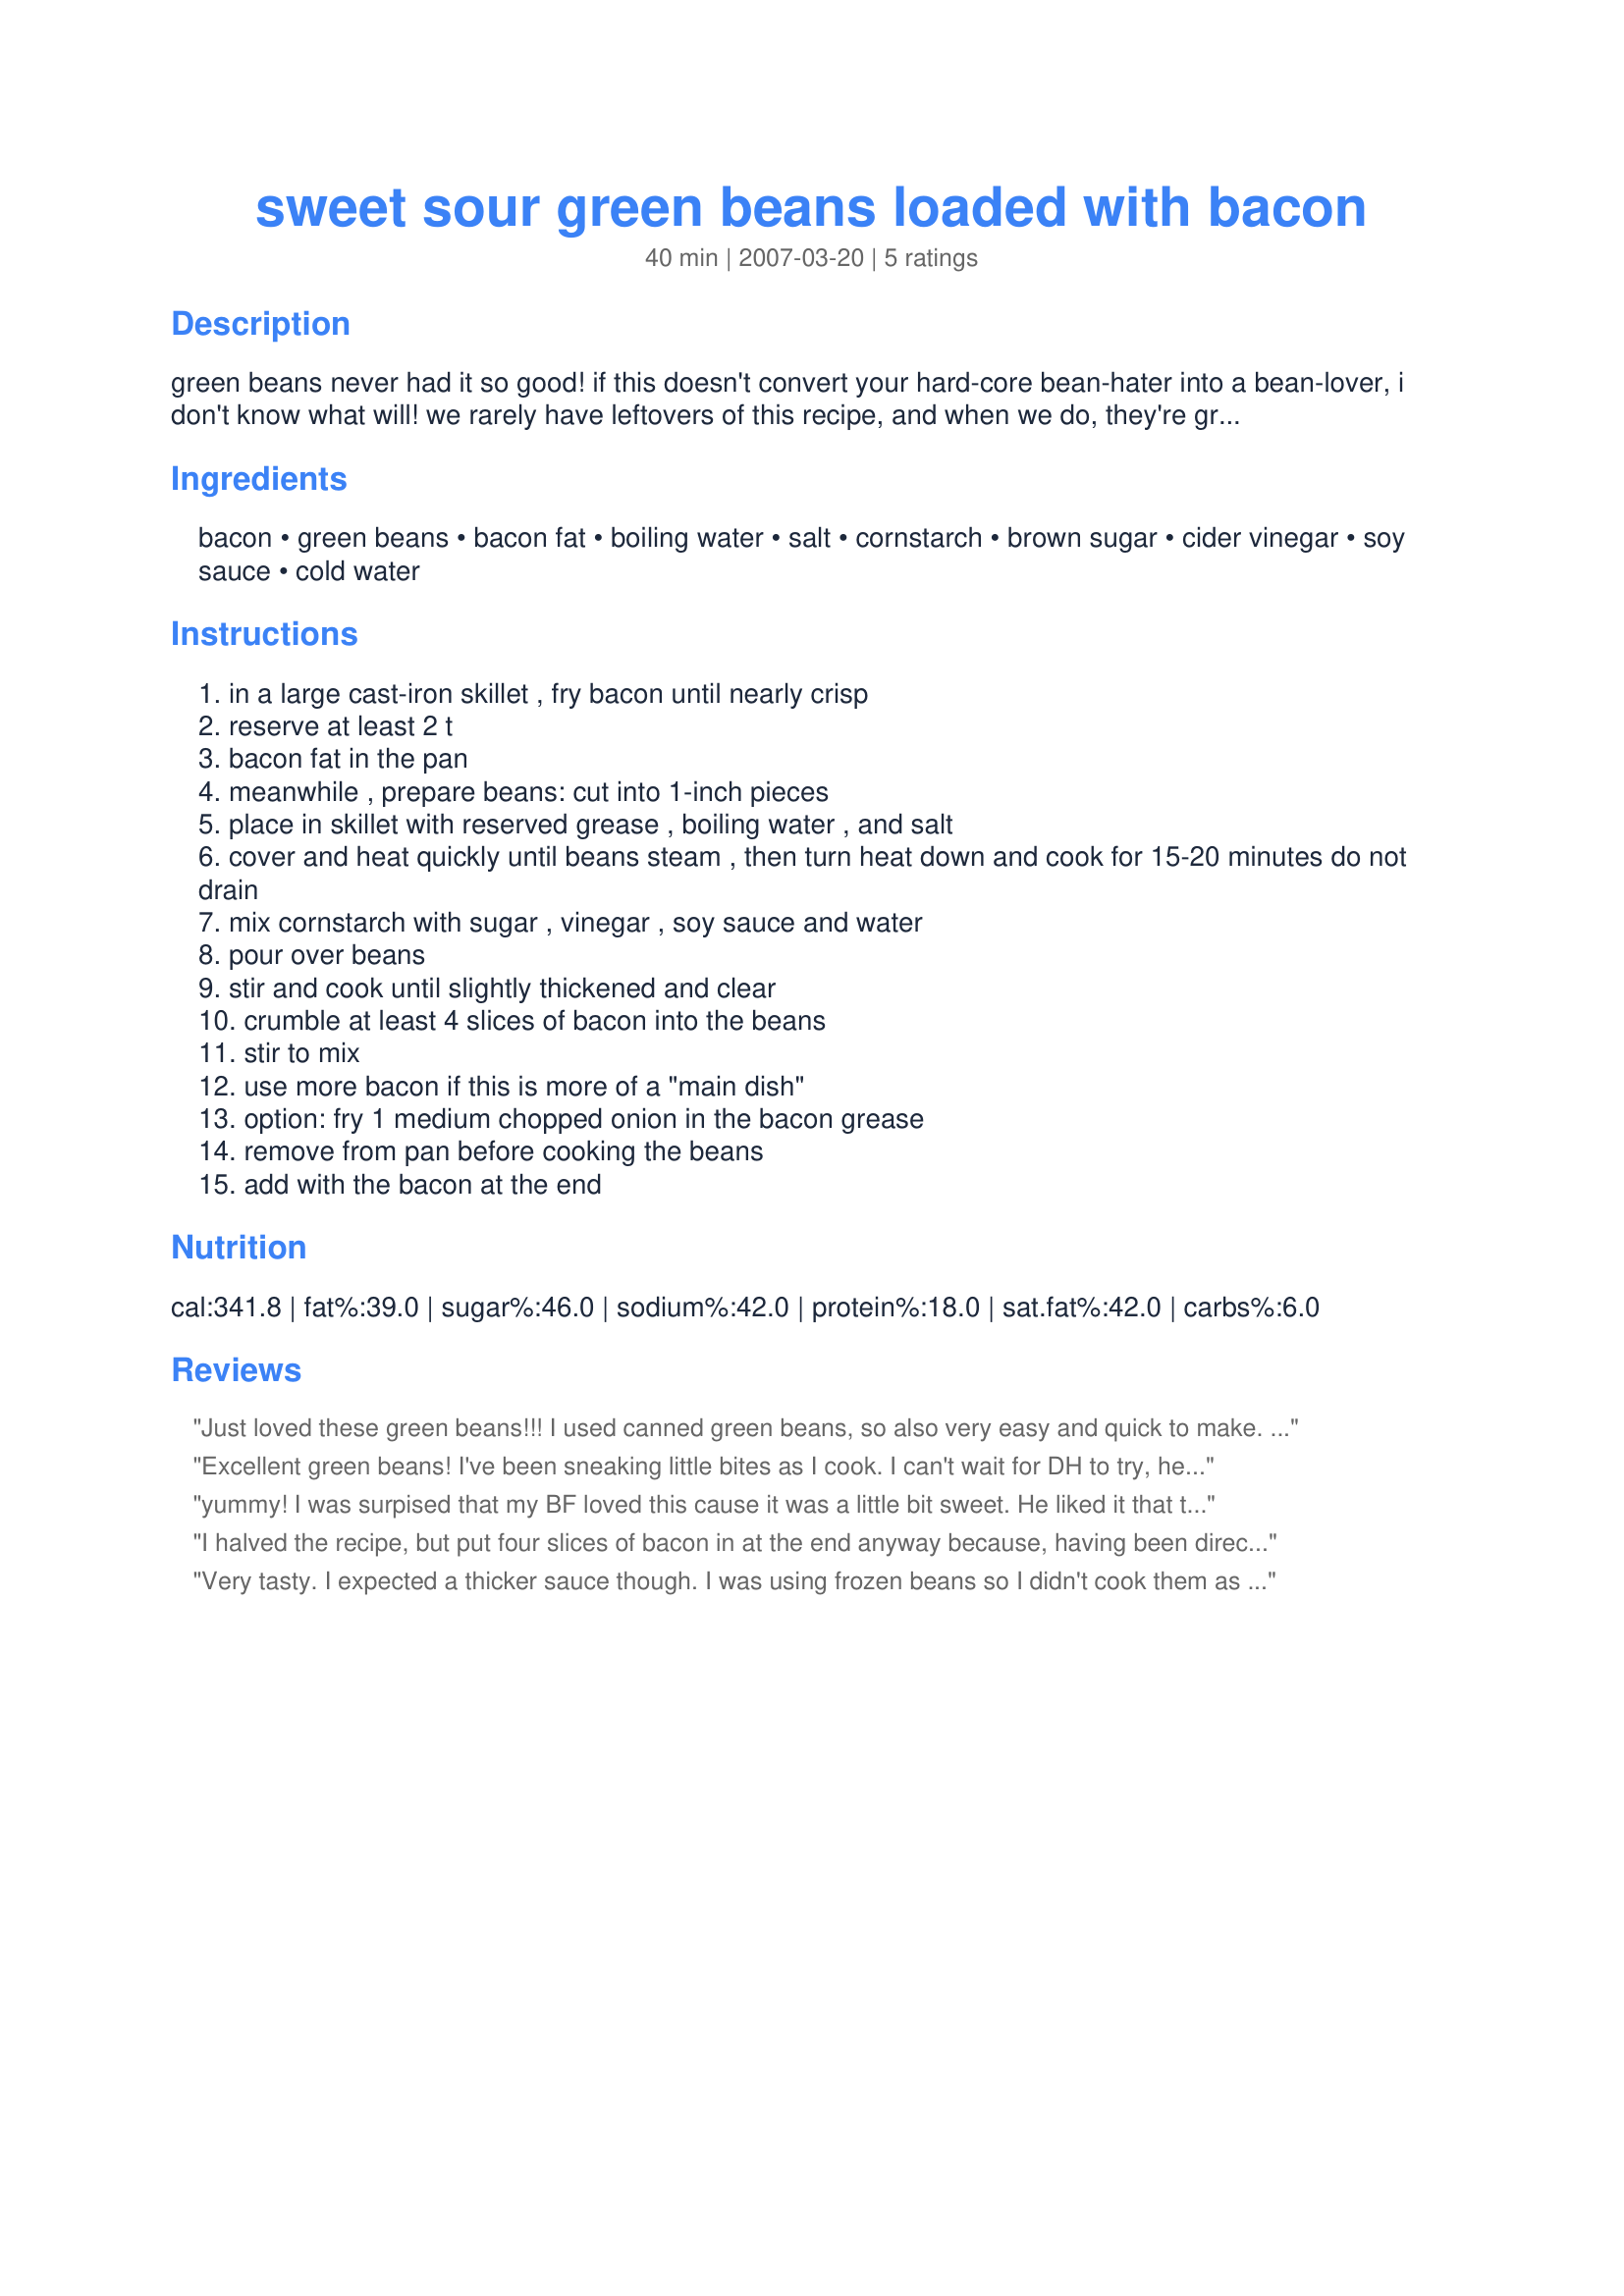
sweet sour green beans loaded with bacon
Preparation time: 40 minutes

green beans never had it so good! if this doesn't convert your hard-core bean-hater into a bean-lover, i don't know what will! we rarely have leftovers of this recipe, and when we do, they're great the second time around. note: you can substitute canned beans for fresh, just skip the directions for cooking the beans.

Ingredients:
bacon, green beans, bacon fat, boiling water, salt, cornstarch, brown sugar, cider vinegar, soy sauce, cold water

Steps:
in a large cast-iron skillet , fry bacon until nearly crisp
reserve at least 2 t
bacon fat in the pan
meanwhile , prepare beans: cut into 1-inch pieces
place in skillet with reserved grease , boiling water , and salt
cover and heat quickly until beans steam , then turn heat down and cook for 15-20 minutes do not drain
mix cornstarch with sugar , vinegar , soy sauce and water
pour over beans
stir and cook until slightly thickened and clear
crumble at least 4 slices of bacon into the beans
stir to mix
use more bacon if this is more of a "main dish"
option: fry 1 medium chopped onion in the bacon grease
remove from pan before cooking the beans
add with the bacon at the end

Reviews:
Just loved these green beans!!! I used canned green beans, so also very easy and quick to make. I make a very similar recipe, except it has no soy sauce, brown sugar or the cornstarch, so this was a nice change from the one I have made for years!! Will definitely make these again!! Thanks Debber for a new veggie recipe!!
Excellent green beans! I've been sneaking little bites as I cook. I can't wait for DH to try, he loves green beans, (one of the few veggies this picky man likes). I love the sweet/sour flavor of them. 5 BIG FAT STARS all the way.
yummy! I was surpised that my BF loved this cause it was a little bit sweet. He liked it that the bacon was crisp. Made for photo tag game. Thanks Debber and I'm glad to have leftovers for my lunch of tomorrow :)
I halved the recipe, but put four slices of bacon in at the end anyway because, having been directed to cook so much bacon (still had 3 extra strips), I wasn't really thinking about it. This was very easy and tasted delicious. Will definitely be making it again. Thanks for sharing.
Very tasty. I expected a thicker sauce though. I was using frozen beans so I didn't cook them as long. I don't know if that mean more liquid and a more watery sauce or not. In any case the combination of flavors is absolutely delicious. I made extra because I knew the family would like this and I hardly have any left. I expect the 15yo will take care of that before bedtime too.
